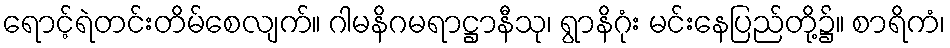
ရောင့်ရဲတင်းတိမ်စေလျက်။ ဂါမနိဂမရာဋ္ဌာနီသု၊ ရွာနိဂုံး မင်းနေပြည်တို့၌။ စာရိကံ၊